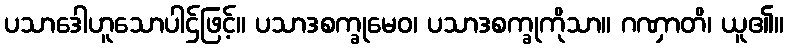
ပသာဒေါဟူသောပါဌ်ဖြင့်။ ပသာဒစက္ခုမေဝ၊ ပသာဒစက္ခုကိုသာ။ ဂဏှာတိ၊ ယူ၏။